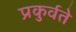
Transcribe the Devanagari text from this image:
प्रकुर्वते